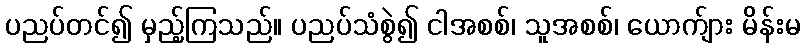
ပညပ်တင်၍ မှည့်ကြသည်။ ပညပ်သံစွဲ၍ ငါအစစ်၊ သူအစစ်၊ ယောက်ျား မိန်းမ